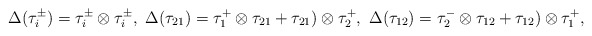
\begin{align*}\Delta( \tau_i^{\pm })=\tau_i^{\pm } \otimes \tau_i^{\pm } ,\ \Delta( \tau_{21})=\tau_1^{+ } \otimes \tau_{21 } + \tau_{21}) \otimes \tau^+_{2 } , \ \Delta( \tau_{12})= \tau_2^{- } \otimes \tau_{12 } + \tau_{12}) \otimes \tau^+_{1 } ,\end{align*}